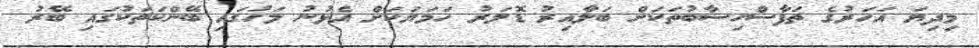
މިދިޔަ އަހަރުގެ ތަފާސްހިސާބުތަކަށް ބަލާއިރު ޑޮލަރު ހަމަޔަކަށް އެޅުނު މަހުގައި ބޭންކަތަކުގައި ބޭރު